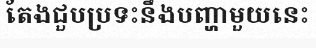
តែងជួបប្រទះនឹងបញ្ហាមួយនេះ